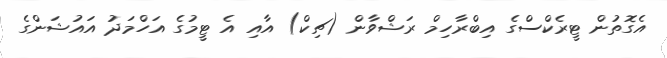
އެގޮތުން ޓީރެކްސްގެ އިބްރާހިމް ރަޝްވާން (ޗިކް) އާއި އެ ޓީމުގެ އަހްމަދު އައުޝަންގެ